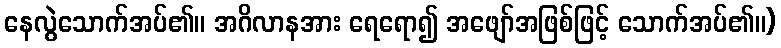
နေလွဲသောက်အပ်၏။ အဂိလာနအား ရေရော၍ အဖျော်အဖြစ်ဖြင့် သောက်အပ်၏။)